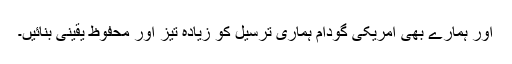
اور ہمارے بھی امریکی گودام ہماری ترسیل کو زیادہ تیز اور محفوظ یقینی بنائیں۔